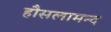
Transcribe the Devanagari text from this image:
हौसलामन्द